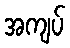
အကျပ်